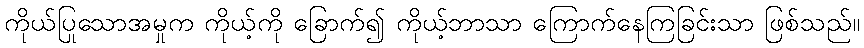
ကိုယ်ပြုသောအမှုက ကိုယ့်ကို ခြောက်၍ ကိုယ့်ဘာသာ ကြောက်နေကြခြင်းသာ ဖြစ်သည်။